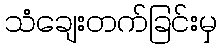
သံချေးတက်ခြင်းမှ